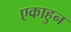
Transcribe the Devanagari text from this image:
एकाहुन